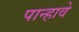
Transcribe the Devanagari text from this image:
पान्हावे